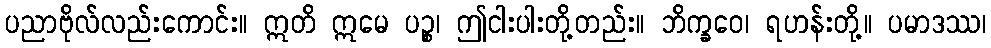
ပညာဗိုလ်လည်းကောင်း။ ဣတိ ဣမေ ပဉ္စ၊ ဤငါးပါးတို့တည်း။ ဘိက္ခဝေ၊ ရဟန်းတို့။ ပမာဒဿ၊